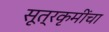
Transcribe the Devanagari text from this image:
सूत्रकृमींचा